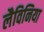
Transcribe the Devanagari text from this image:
लैविनिया